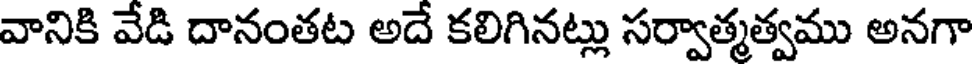
వానికి వేడి దానంతట అదే కలిగినట్లు సర్వాత్మత్వము అనగా